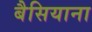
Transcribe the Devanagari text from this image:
बैसियाना